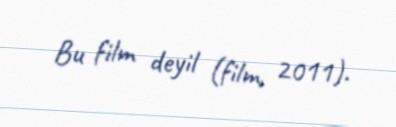
Bu film deyil (film, 2011).